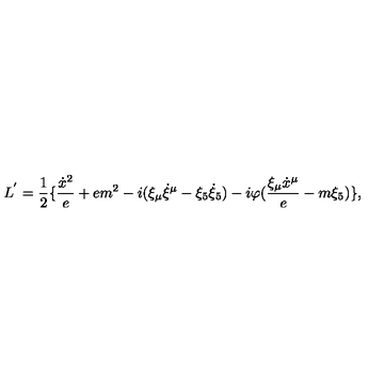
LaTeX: L ^ { ' } = { \frac { 1 } { 2 } } \{ { \frac { { \dot { x } } ^ { 2 } } { e } } + e m ^ { 2 } - i ( \xi _ { \mu } { \dot { \xi } } ^ { \mu } - \xi _ { 5 } { \dot { \xi } } _ { 5 } ) - i \varphi ( { \frac { \xi _ { \mu } { \dot { x } } ^ { \mu } } { e } } - m \xi _ { 5 } ) \} ,